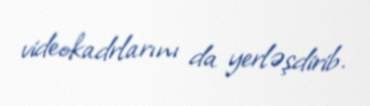
videokadrlarını da yerləşdirib.